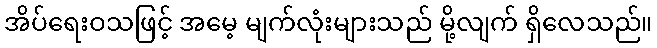
အိပ်ရေးဝသဖြင့် အမေ့ မျက်လုံးများသည် မို့လျက် ရှိလေသည်။